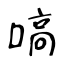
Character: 嗃